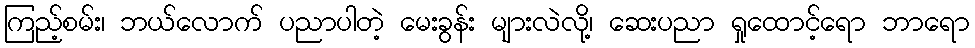
ကြည့်စမ်း၊ ဘယ်လောက် ပညာပါတဲ့ မေးခွန်း များလဲလို့၊ ဆေးပညာ ရှုထောင့်ရော ဘာရော